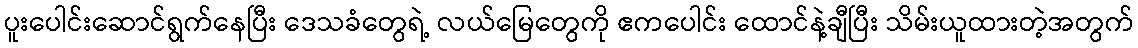
ပူးပေါင်းဆောင်ရွက်နေပြီး ဒေသခံတွေရဲ့ လယ်မြေတွေကို ဧကပေါင်း ထောင်နဲ့ချီပြီး သိမ်းယူထားတဲ့အတွက်